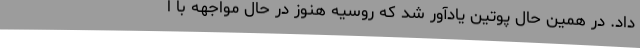
داد. در همین حال پوتین یادآور شد که روسیه هنوز در حال مواجهه با ا